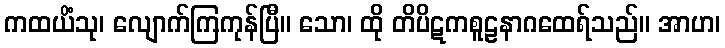
ကထယိံသု၊ လျောက်ကြကုန်ပြီ။ သော၊ ထို တိပိဋကစူဠနာဂထေရ်သည်။ အာဟ၊